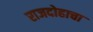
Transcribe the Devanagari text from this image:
राजदोहाचा